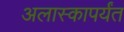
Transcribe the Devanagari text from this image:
अलास्कापर्यंत